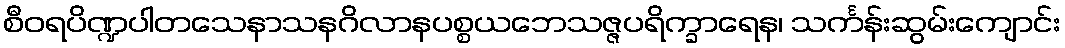
စီဝရပိဏ္ဍပါတသေနာသနဂိလာနပစ္စယဘေသဇ္ဇပရိက္ခာရေန၊ သင်္ကန်းဆွမ်းကျောင်း